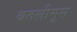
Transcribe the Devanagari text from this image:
बतलीमूस